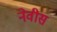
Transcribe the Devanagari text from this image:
नेवीस